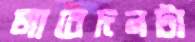
আবেদনটা